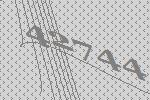
42744